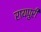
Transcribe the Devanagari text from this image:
रायपुरी